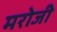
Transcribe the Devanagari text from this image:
मरोजी